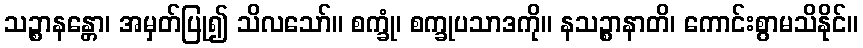
သဉ္စာနန္တော၊ အမှတ်ပြု၍ သိလသော်။ စက္ခုံ၊ စက္ခုပသာဒကို။ နသဉ္စာနာတိ၊ ကောင်းစွာမသိနိုင်။